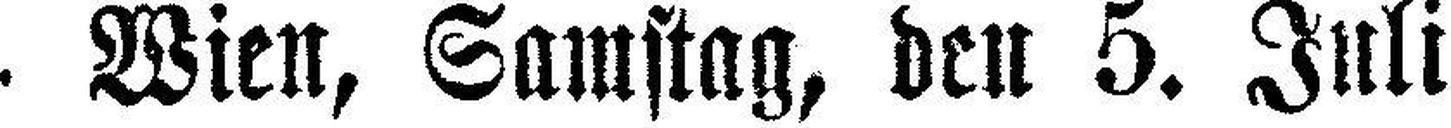
• Wien, Samstag, den 5. Juli